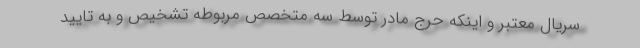
سریال معتبر و اینکه حرج مادر توسط سه متخصص مربوطه تشخیص و به تایید